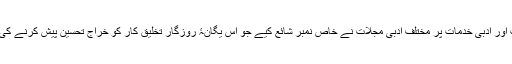
ان کی حیات ،اسلوب اور ادبی خدمات پر مختلف ادبی مجلات نے خاص نمبر شائع کیے جو اس یگانۂ روزگار تخلیق کار کو خراج تحسین پیش کرنے کی سعیء مشکور ہے۔